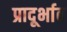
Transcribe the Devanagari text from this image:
प्रादूर्भाव